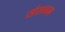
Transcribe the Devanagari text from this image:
संसादन